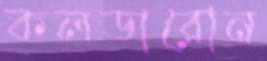
কলডারোন